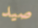
صيد